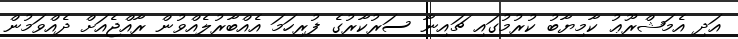
އަދި އެމަޝްރޫޢު ކާމިޔާބު ކުރުމުގައި ޗައިނާ ސަރުކާރުގެ ފުރިހަމަ އެއްބާރުލެއްވުން ރާއްޖެއަށް ދެއްވަމުން